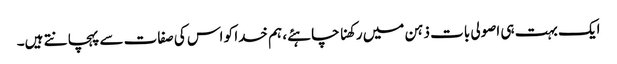
ایک بہت ہی اصولی بات ذہن میں رکھنا چاہئے، ہم خدا کو اس کی صفات سے پہچانتے ہیں۔